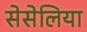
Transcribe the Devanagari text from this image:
सेसेलिया